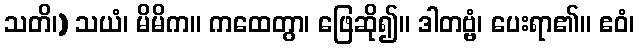
သတိ၊) သယံ၊ မိမိက။ ကထေတွာ၊ ဖြေဆို၍။ ဒါတဗ္ဗံ၊ ပေးရာ၏။ ဧဝံ၊